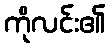
ကိုလင်း၏